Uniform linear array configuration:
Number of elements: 48
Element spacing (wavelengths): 0.25
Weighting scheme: uniform
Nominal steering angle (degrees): -45
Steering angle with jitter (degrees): -45.647
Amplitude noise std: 0.05
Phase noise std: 0.05

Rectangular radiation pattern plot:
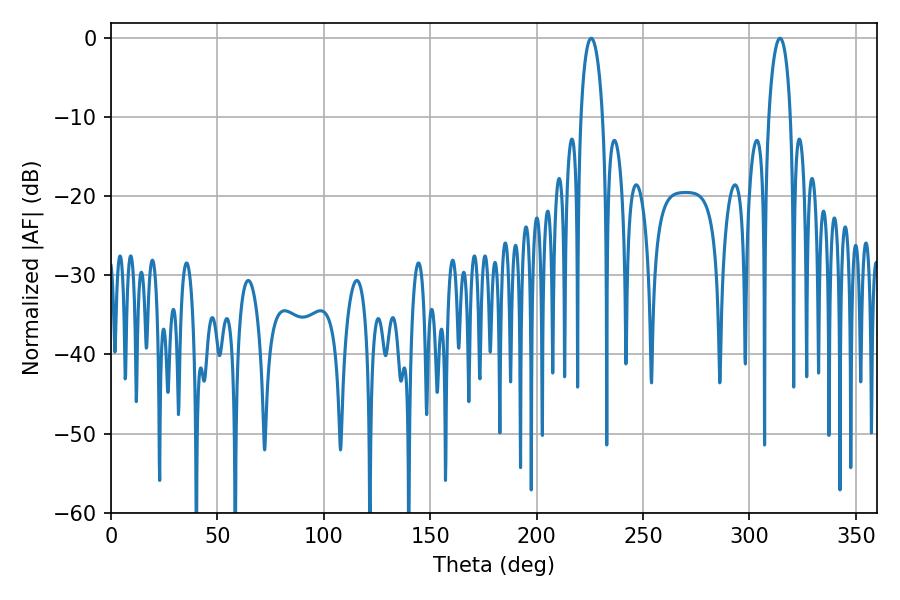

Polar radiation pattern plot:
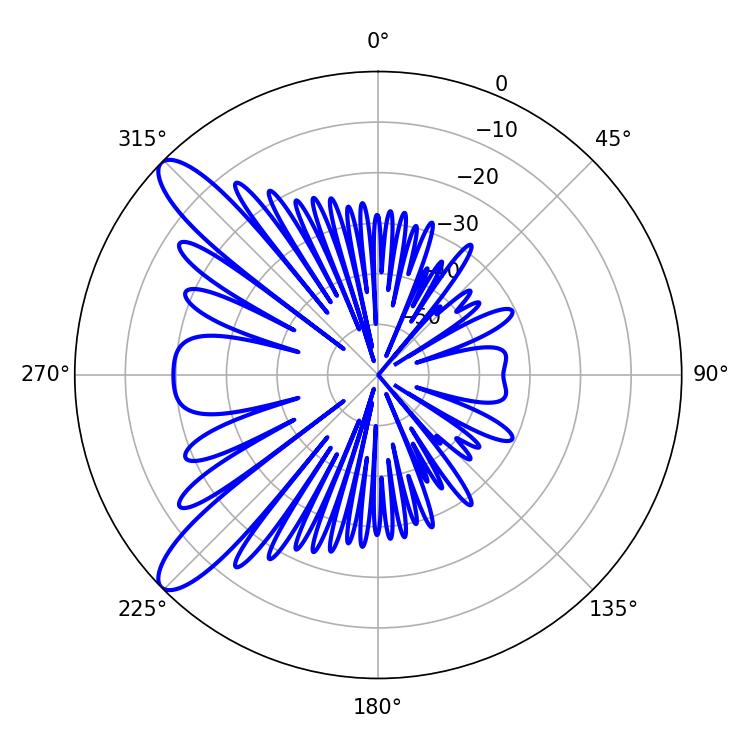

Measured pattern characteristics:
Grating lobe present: FALSE
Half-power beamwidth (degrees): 5.76
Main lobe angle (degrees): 225.72